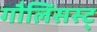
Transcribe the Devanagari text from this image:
गौलिसस्ट्